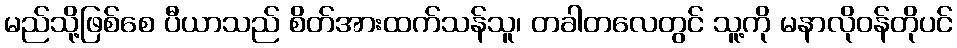
မည်သို့ဖြစ်စေ ပီယာသည် စိတ်အားထက်သန်သူ၊ တခါတလေတွင် သူ့ကို မနာလိုဝန်တိုပင်